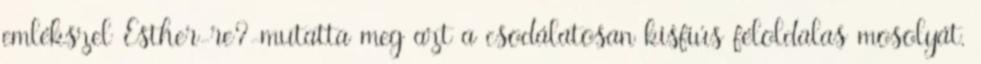
emlékszel Esther-re?-mutatta meg azt a csodálatosan kisfiús féloldalas mosolyát.